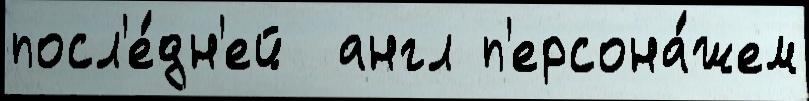
посл'е́дн'ей  англ п'ерсона́жем